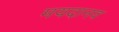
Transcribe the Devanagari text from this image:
मयदानव